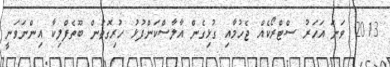
2013 ވަނަ އަހަރު ސްޓްރޯކެއް ޖެހުމާއި ގުޅިގެން އާލާސްކަންފުޅު ހުރިގޮތުން ބޫތެފްލިކާ އިންނަވަނީ